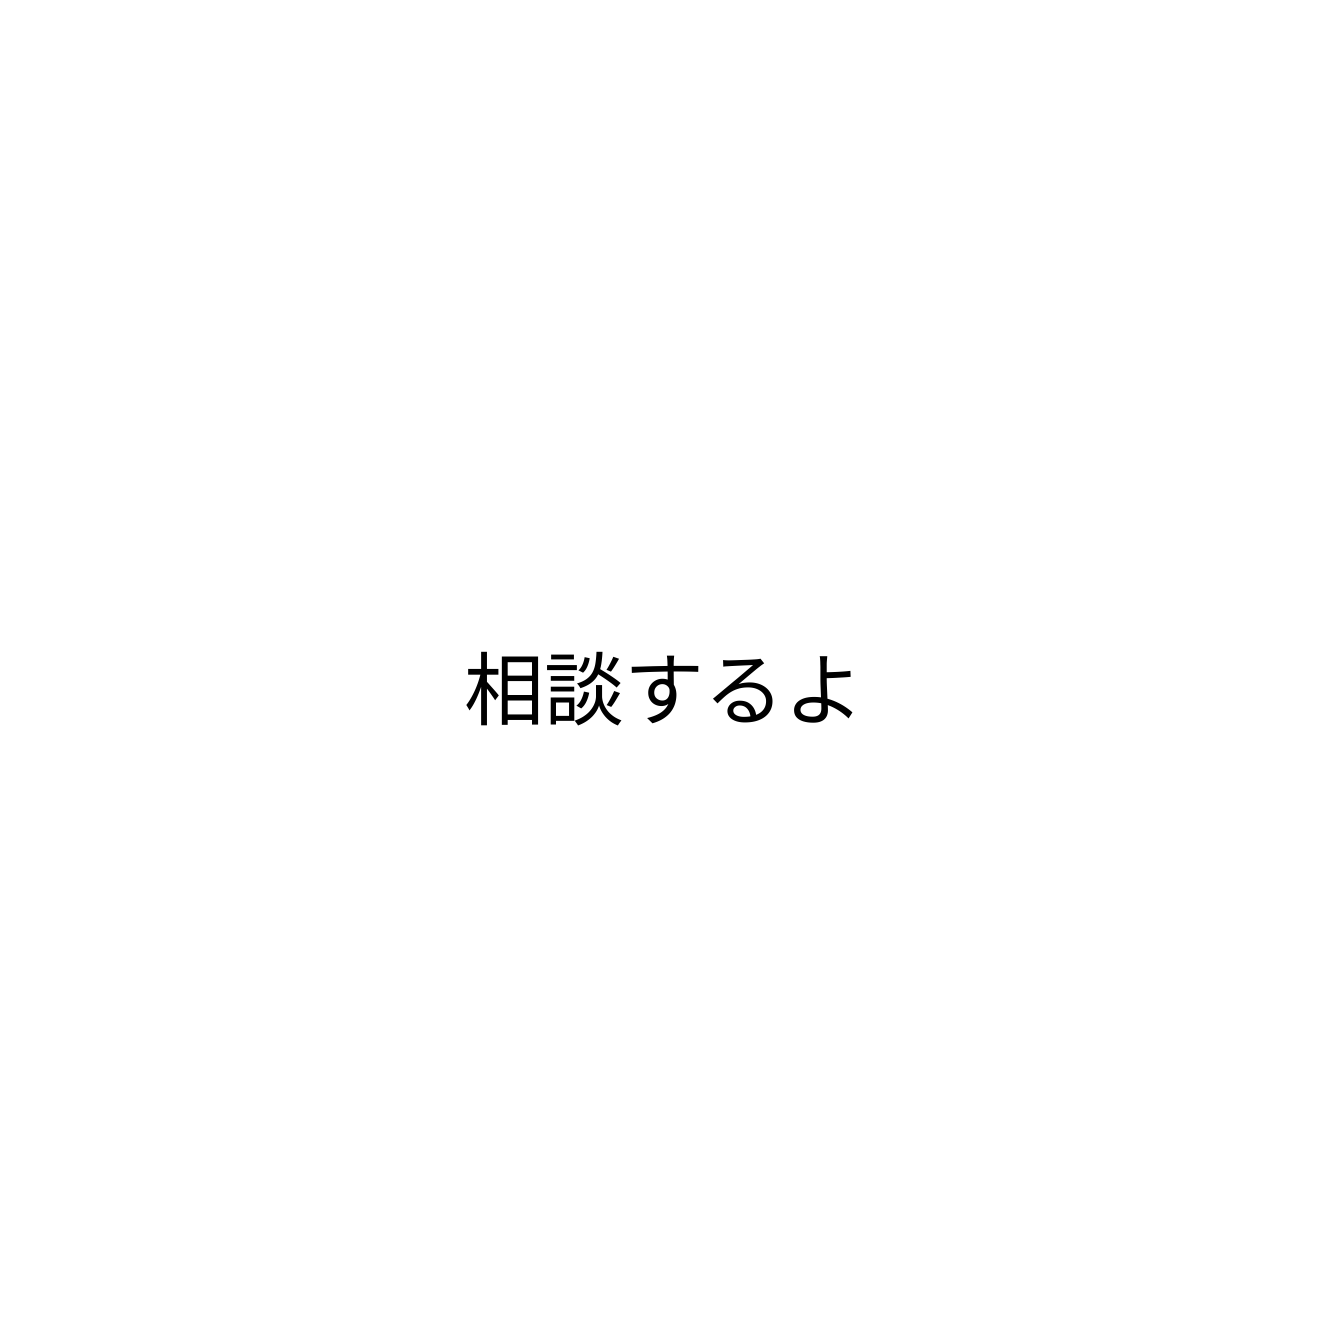
相談するよ